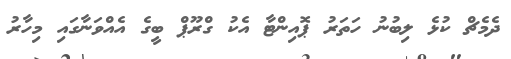
ދެމެޗް ކުޅެ ލިބުނު ހަތަރު ޕޮއިންޓާ އެކު ގްރޫޕް ބީގެ އެއްވަނާގައި މިހާރު